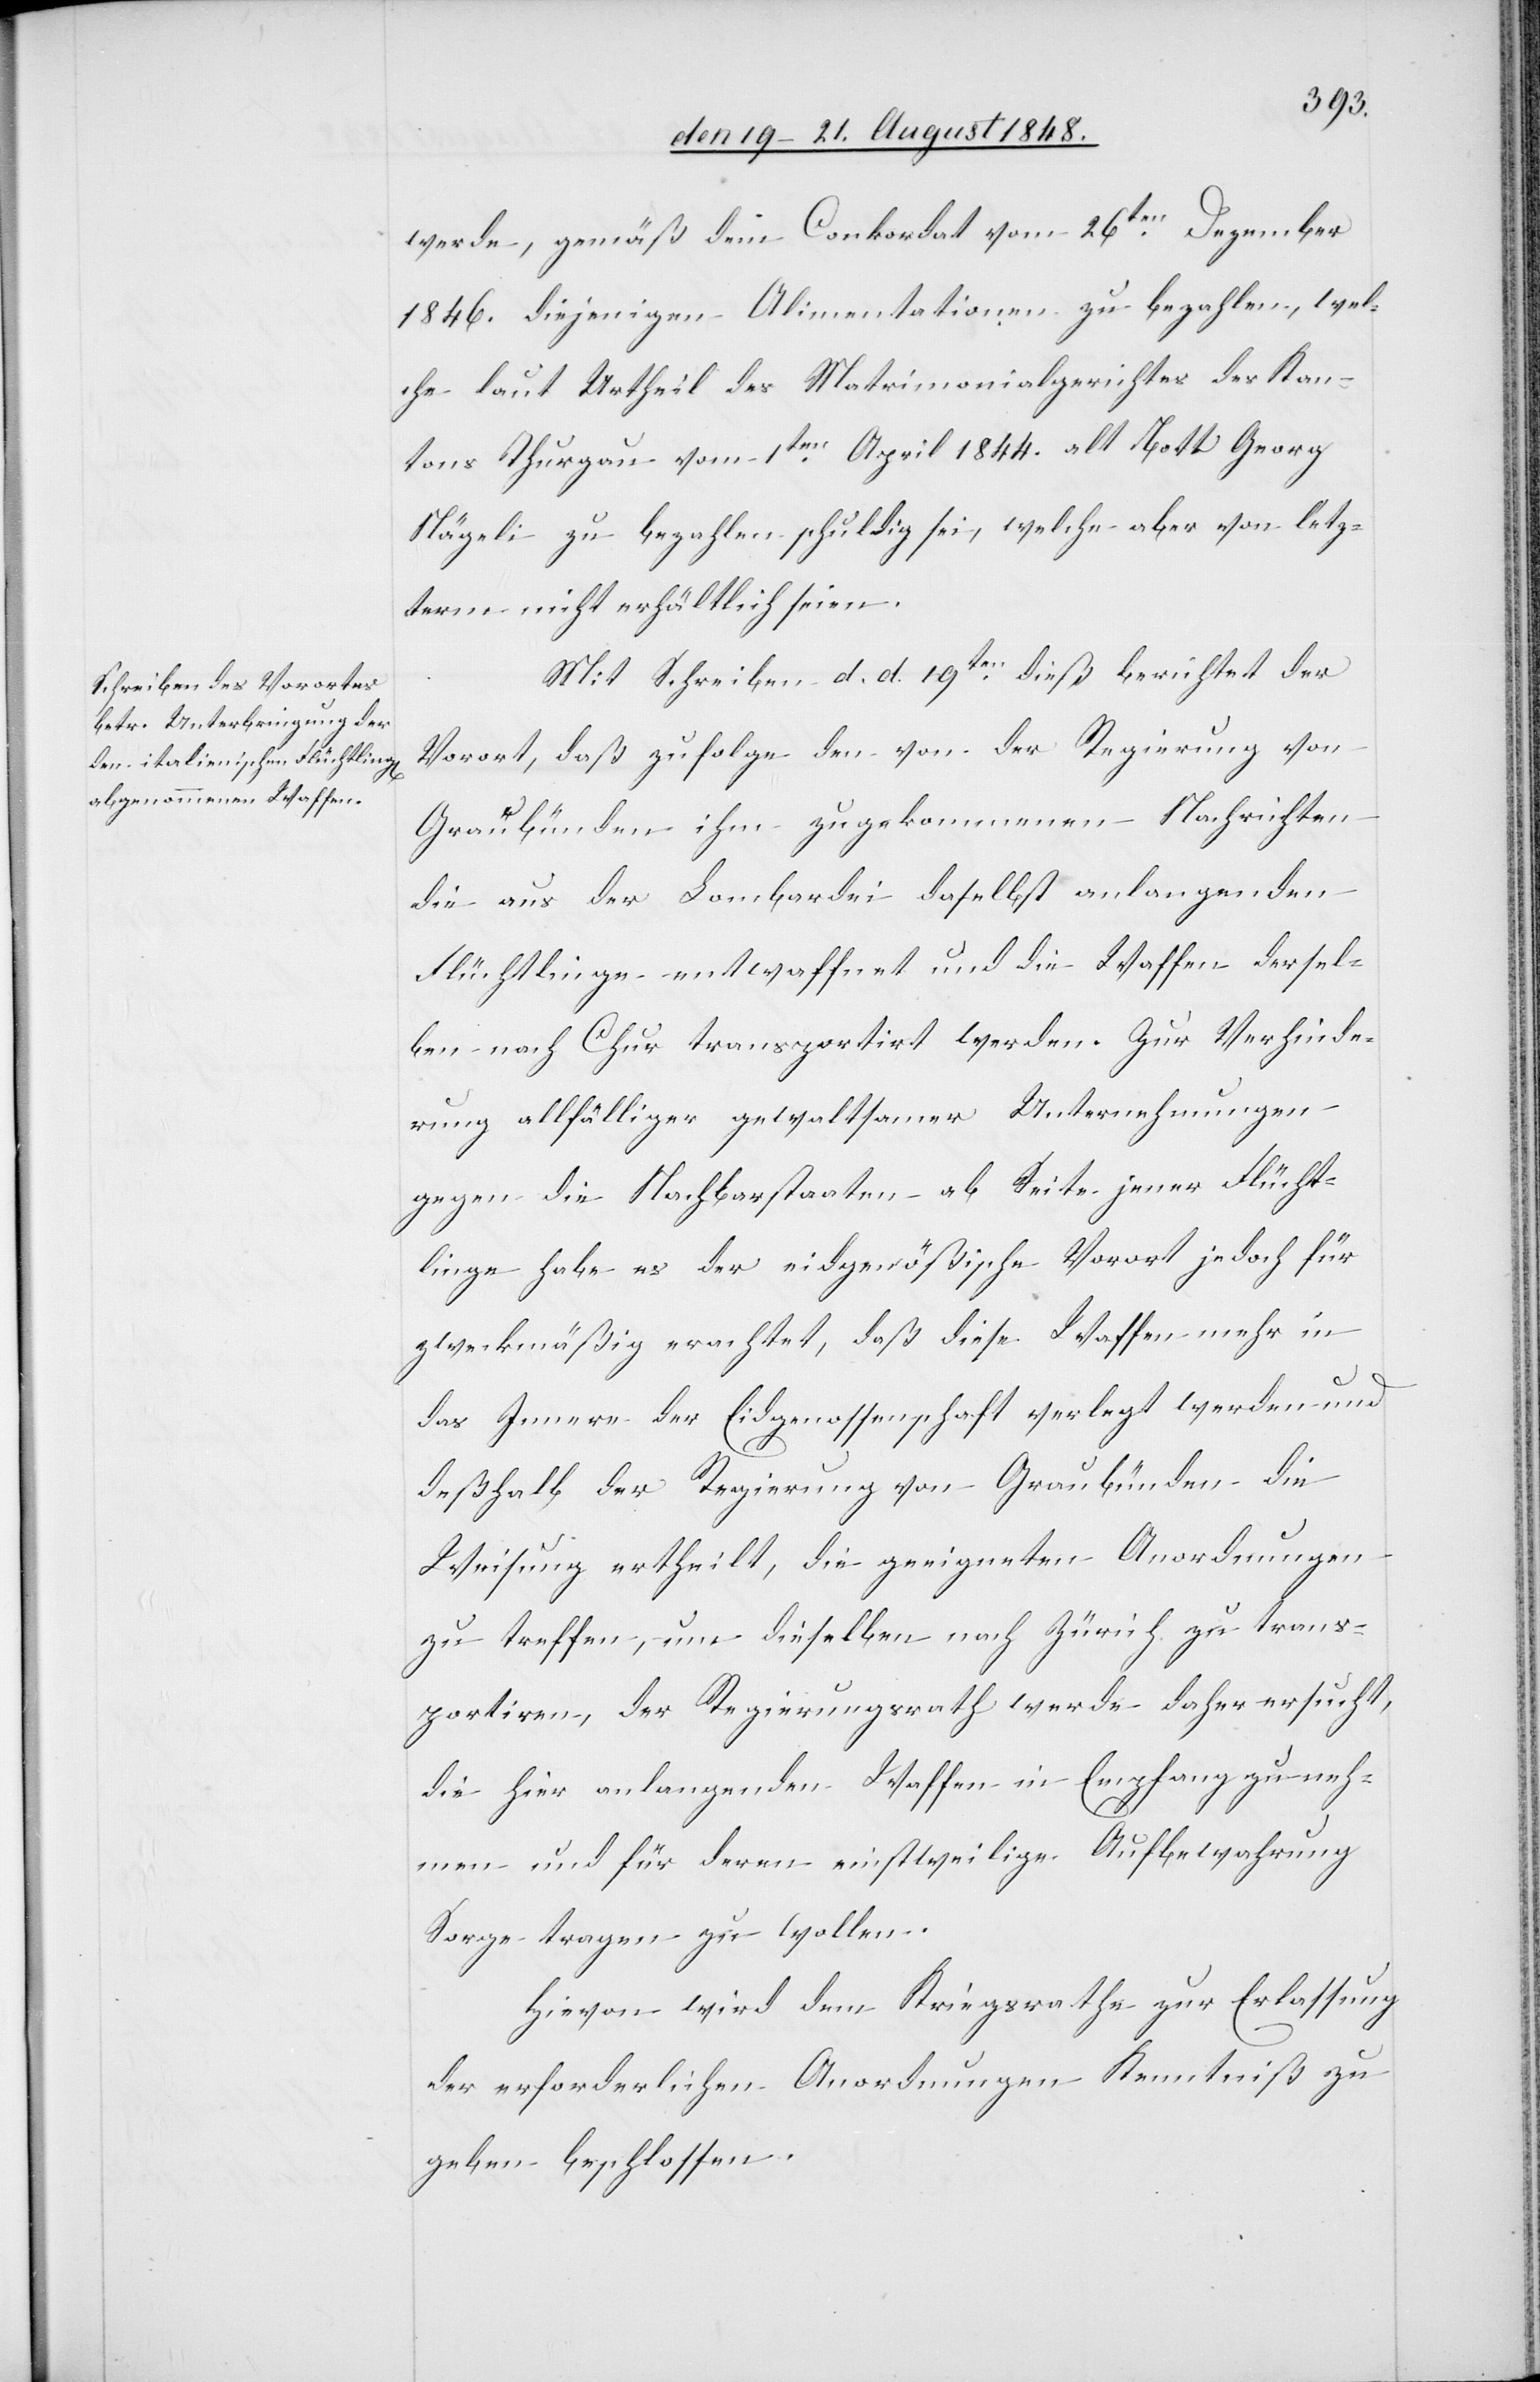
den 21t August 1848.]
werde, gemäß dem Conkordat vom 26ten Dezember
1846. diejenigen Alimentationen zu bezahlen, wel¬
che laut Urtheil des Matrimonialgerichtes des Kan¬
tons Thurgau vom 1ten April 1844. alt Bott Georg
Nägeli zu bezahlen schuldig sei, welche aber von letz¬
term nicht erhältlich seien.
Mit Schreiben d. d. 19ten dieß berichtet der
Vorort, daß zufolge den von der Regierung von
Graubünden ihm zugekommenen Nachrichten
die aus der Lombardei daselbst anlangenden
Flüchtlinge entwaffnet und die Waffen dersel¬
ben nach Chur transportirt werden. Zur Verhinde¬
rung allfälliger gewaltsamer Unternehmungen
gegen die Nachbarstaaten ab Seite jener Flücht¬
linge habe es der eidgenößische Vorort jedoch für
zweckmäßig erachtet, daß diese Waffen mehr in
das Innere der Eidgenossenschaft verlegt werden und
deßhalb der Regierung von Graubünden die
Weisung ertheilt, die geeigneten Anordnungen
zu treffen, um dieselben nach Zürich zu trans¬
portiren, der Regierungsrath werde daher ersucht,
die hier anlangenden Waffen in Empfang zu neh¬
men und für deren einstweilige Aufbewahrung
Sorge tragen zu wollen.
Hievon wird dem Kriegsrathe zur Erlassung
der erforderlichen Anordnungen Kenntniß zu
geben beschlossen.